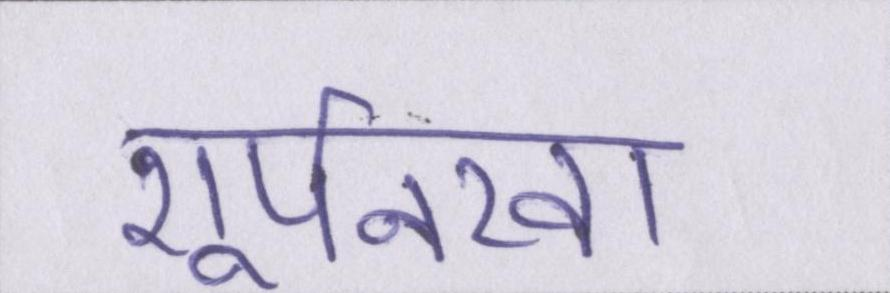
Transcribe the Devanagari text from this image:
शूर्पनखा